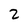
Character: 2